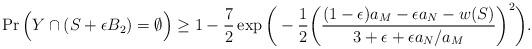
LaTeX: \begin{align*}\operatorname{Pr}\Big(Y\cap(S+\epsilon B_2)=\emptyset\Big)\geq1-\frac{7}{2}\operatorname{exp}\bigg(-\frac{1}{2}\bigg(\frac{(1-\epsilon)a_M-\epsilon a_N-w(S)}{3+\epsilon+\epsilon a_N/a_M}\bigg)^2\bigg).\end{align*}